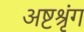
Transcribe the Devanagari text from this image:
अष्टश्रृंग